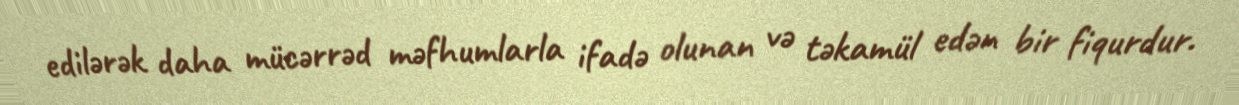
edilərək daha mücərrəd məfhumlarla ifadə olunan və təkamül edən bir fiqurdur.